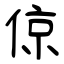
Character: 倞